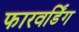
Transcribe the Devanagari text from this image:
फारवर्डिंग